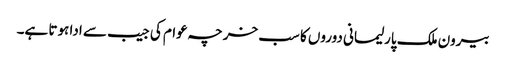
بیرون ملک پارلیمانی دوروں کا سب خرچہ عوام کی جیب سے ادا ہوتا ہے۔